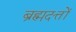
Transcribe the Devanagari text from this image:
ब्रह्मदत्तों